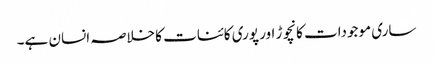
ساری موجودات کانچوڑ اور پوری کائنات کا خلاصہ انسان ہے۔